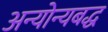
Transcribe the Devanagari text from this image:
अन्योन्यबद्ध